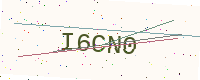
Text: I6CN0